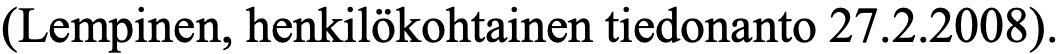
(Lempinen, henkilökohtainen tiedonanto 27.2.2008).